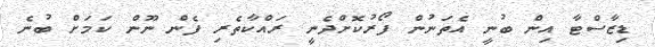
ޑިޒާސްޓާ އިން ބުނީ އެތަނުން ފޯރުކޮށްދެނީ ރައްކާތެރި ފެން ނޫން ކަމަށް ބުނެ